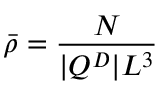
\bar { \rho } = \frac { N } { | Q ^ { D } | L ^ { 3 } }